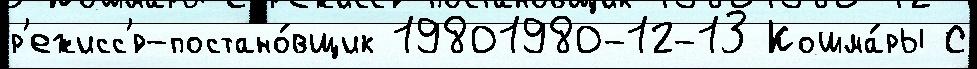
р'ежисс'́р-постано́вщик 19801980-12-13 Кошма́ры С